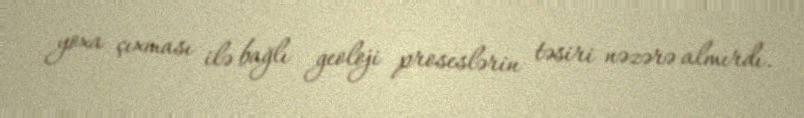
yoxa çıxması ilə bağlı geoloji proseslərin təsiri nəzərə almırdı.